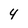
Character: 4